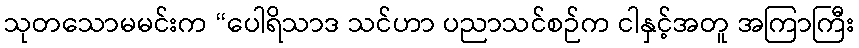
သုတသောမမင်းက “ပေါရိသာဒ သင်ဟာ ပညာသင်စဉ်က ငါနှင့်အတူ အကြာကြီး